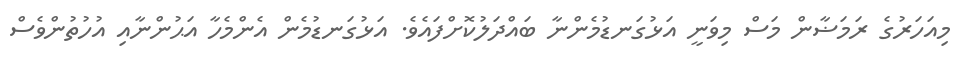
މިއަހަރުގެ ރަމަޟާން މަސް މިވަނީ އަޅުގަނޑުމެންނާ ބައްދަލުކޮށްފައެވެ. އަޅުގަނޑުމެން އެންމެހާ އަޙުންނާއި އުހުތުންވެސް